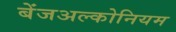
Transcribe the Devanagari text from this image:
बेंजअल्कोनियम